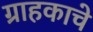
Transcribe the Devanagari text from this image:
ग्राहकाचे